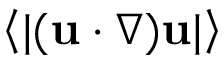
\left\langle \lvert ( { \bf u } \cdot \nabla ) { \bf u } \rvert \right\rangle